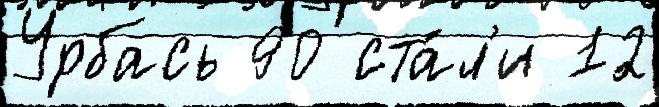
Урбась 90 ста́л'и 12